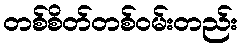
တစ်စိတ်တစ်ဝမ်းတည်း